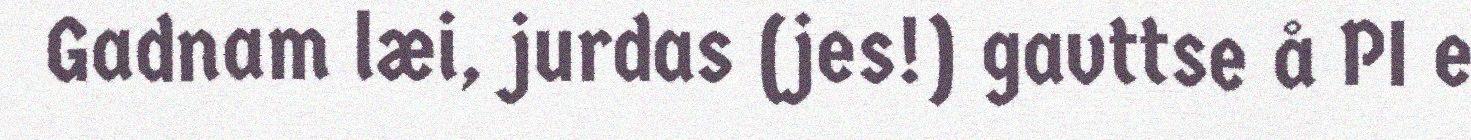
Gadnam læi, jurdas (jes!) gavttse å PI e